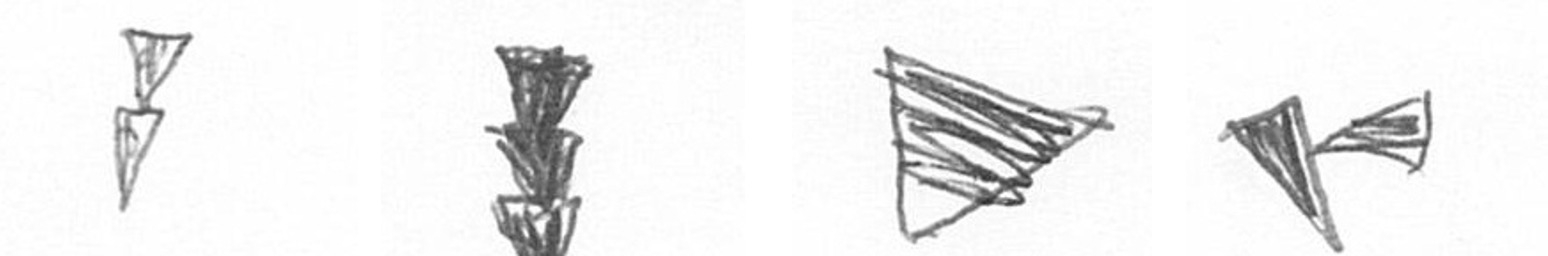
Z E T F